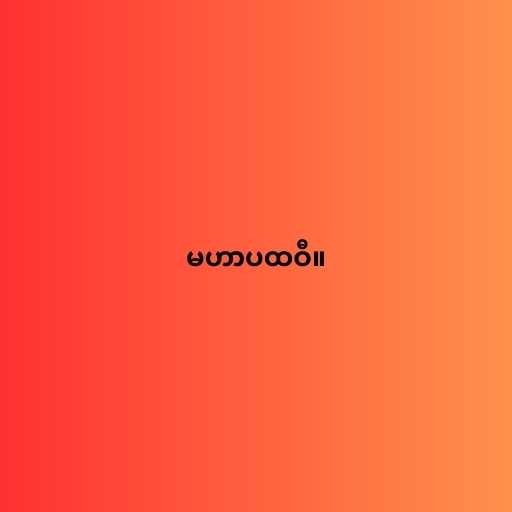
မဟာပထဝီ။